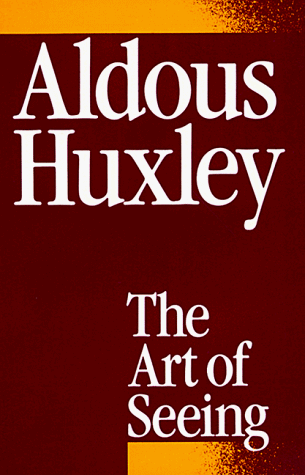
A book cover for The Art of Seeing; Aldous Huxley; Health, Fitness & Dieting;